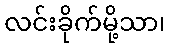
လင်းခိုက်မို့သာ၊